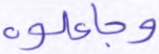
وجاعلوه